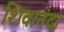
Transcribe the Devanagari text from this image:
शिवानंद।